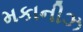
મકાનીઝ